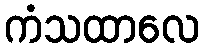
ကံသထာလေ